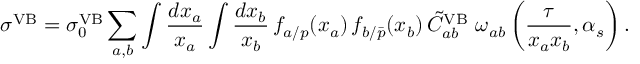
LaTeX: \sigma ^ { \mathrm { V B } } = \sigma _ { 0 } ^ { \mathrm { V B } } \sum _ { a , b } \int { \frac { d x _ { a } } { x _ { a } } } \int { \frac { d x _ { b } } { x _ { b } } } \, f _ { a / p } ( x _ { a } ) \, f _ { b / { \bar { p } } } ( x _ { b } ) \, \tilde { C } _ { a b } ^ { \mathrm { V B } } ~ \omega _ { a b } \left( { \frac { \tau } { x _ { a } x _ { b } } } , \alpha _ { s } \right) .